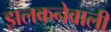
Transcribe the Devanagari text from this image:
झलकनेवाली